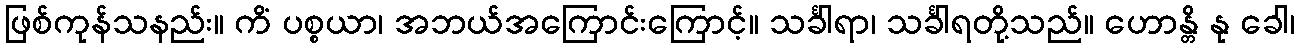
ဖြစ်ကုန်သနည်း။ ကိံ ပစ္စယာ၊ အဘယ်အကြောင်းကြောင့်။ သင်္ခါရာ၊ သင်္ခါရတို့သည်။ ဟောန္တိ နု ခေါ၊